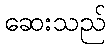
ဆေးသည်